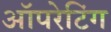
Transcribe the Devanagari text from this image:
अॉपरेटिंग